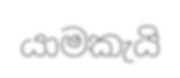
යාමකැයි